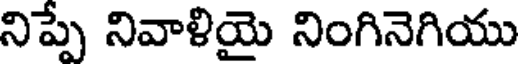
నిప్పే నివాళియై నింగినెగియు